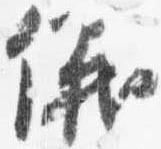
儀